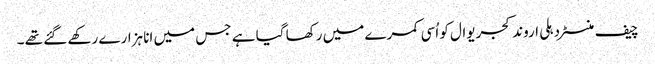
چیف منسٹر دہلی اروند کجریوال کو اُسی کمرے میں رکھا گیا ہے جس میں انا ہزارے رکھے گئے تھے ۔